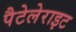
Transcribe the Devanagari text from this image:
पैटेलेराइट